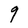
Character: 9